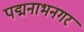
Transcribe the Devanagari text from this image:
पद्मनाभनगर